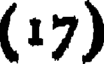
(17)